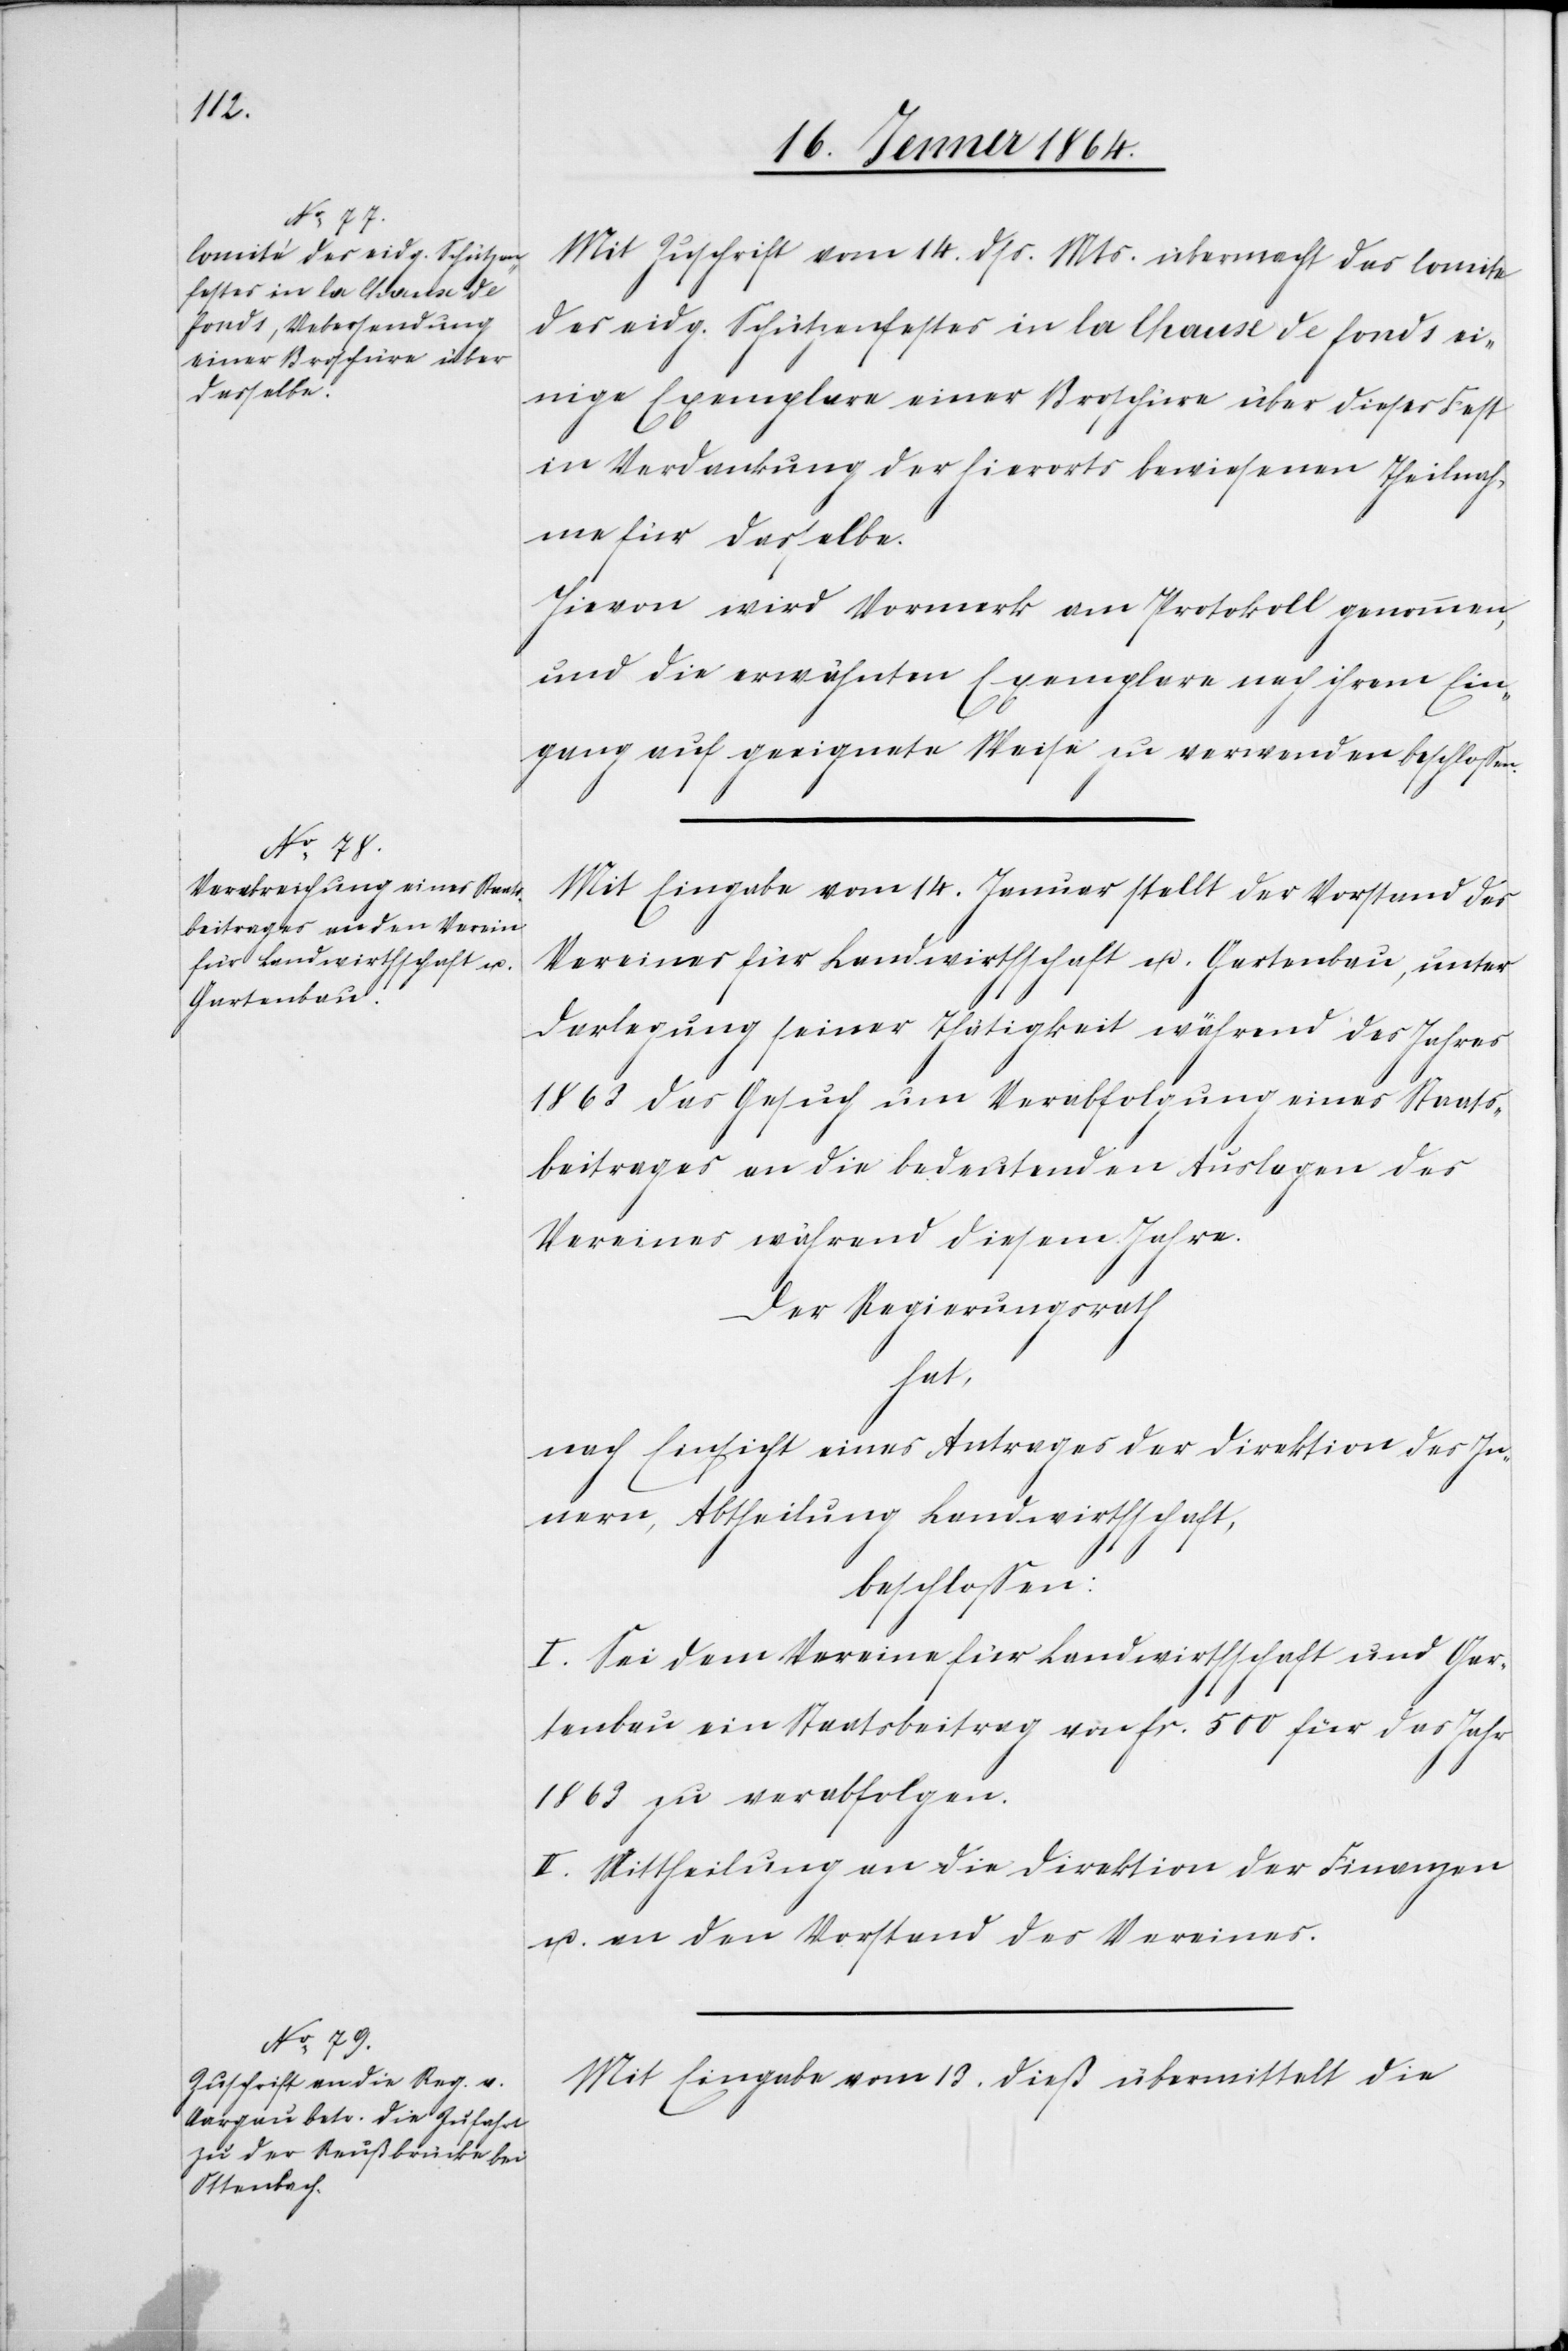
Mit Zuschrift vom 14. dss. Mts. übermacht das Comite
des eidg. Schützenfestes in la Chaux de fonds ei¬
nige Exemplare einer Broschüre über dieses Fest
in Verdankung der hierorts bewiesenen Theilnah¬
me für dasselbe.
Hievon wird Vermerk am Protokoll genommen
und die erwähnten Exemplare nach ihrem Ein¬
gang auf geeignete Weise zu verwenden beschlossen.
Mit Eingabe vom 14. Januar stellt der Vorstand des
Vereines für Landwirthschaft u. Gartenbau unter
Darlegung seiner Thätigkeit während des Jahres
1863 das Gesuch um Verabfolgung eines Staats¬
beitrages an die bedeutenden Auslagen des
Vereines während diesem Jahre.
Der Regierungsrath
hat,
nach Einsicht eines Antrages der Direktion des In¬
nern, Abtheilung Landwirthschaft,
beschlossen:
I. Sei dem Vereine für Landwirthschaft und Gar¬
tenbau ein Staatsbeitrag von fr. 500 für das Jahr
1863 zu verabfolgen.
II. Mittheilung an die Direktion der Finanzen
u. an den Vorstand des Vereines.
Mit Eingabe vom 13. dieß übermittelt die